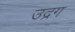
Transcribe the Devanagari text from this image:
उद्रग